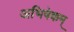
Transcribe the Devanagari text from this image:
अभिषेकम्